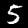
Label: 5